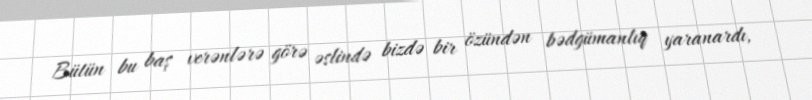
Bütün bu baş verənlərə görə əslində bizdə bir özündən bədgümanlıq yaranardı,